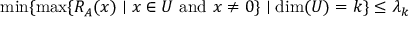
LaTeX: \operatorname* { m i n } \{ \operatorname* { m a x } \{ R _ { A } ( x ) \mid x \in U { \mathrm { ~ a n d ~ } } x \neq 0 \} \mid \dim ( U ) = k \} \leq \lambda _ { k }